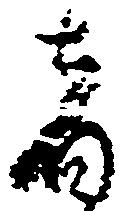
者